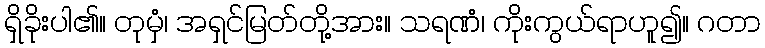
ရှိခိုးပါ၏။ တုမှံ၊ အရှင်မြတ်တို့အား။ သရဏံ၊ ကိုးကွယ်ရာဟူ၍။ ဂတာ